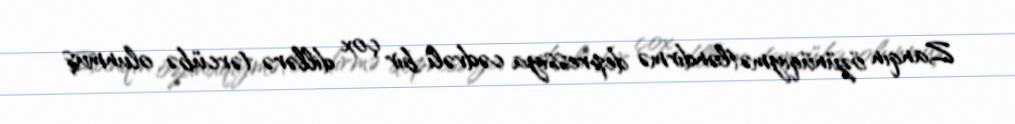
Zanqın özünüqiymətləndirmə depressiya cədvəli bir çox dillərə tərcübə olunmuş